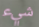
شيء